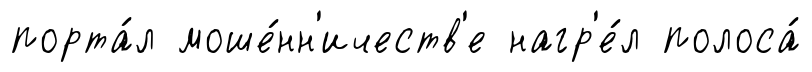
порта́л моше́нн'ичеств'е нагр'е́л полоса́